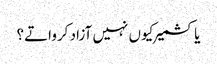
یا کشمیر کیوں نہیں آزاد کرواتے؟